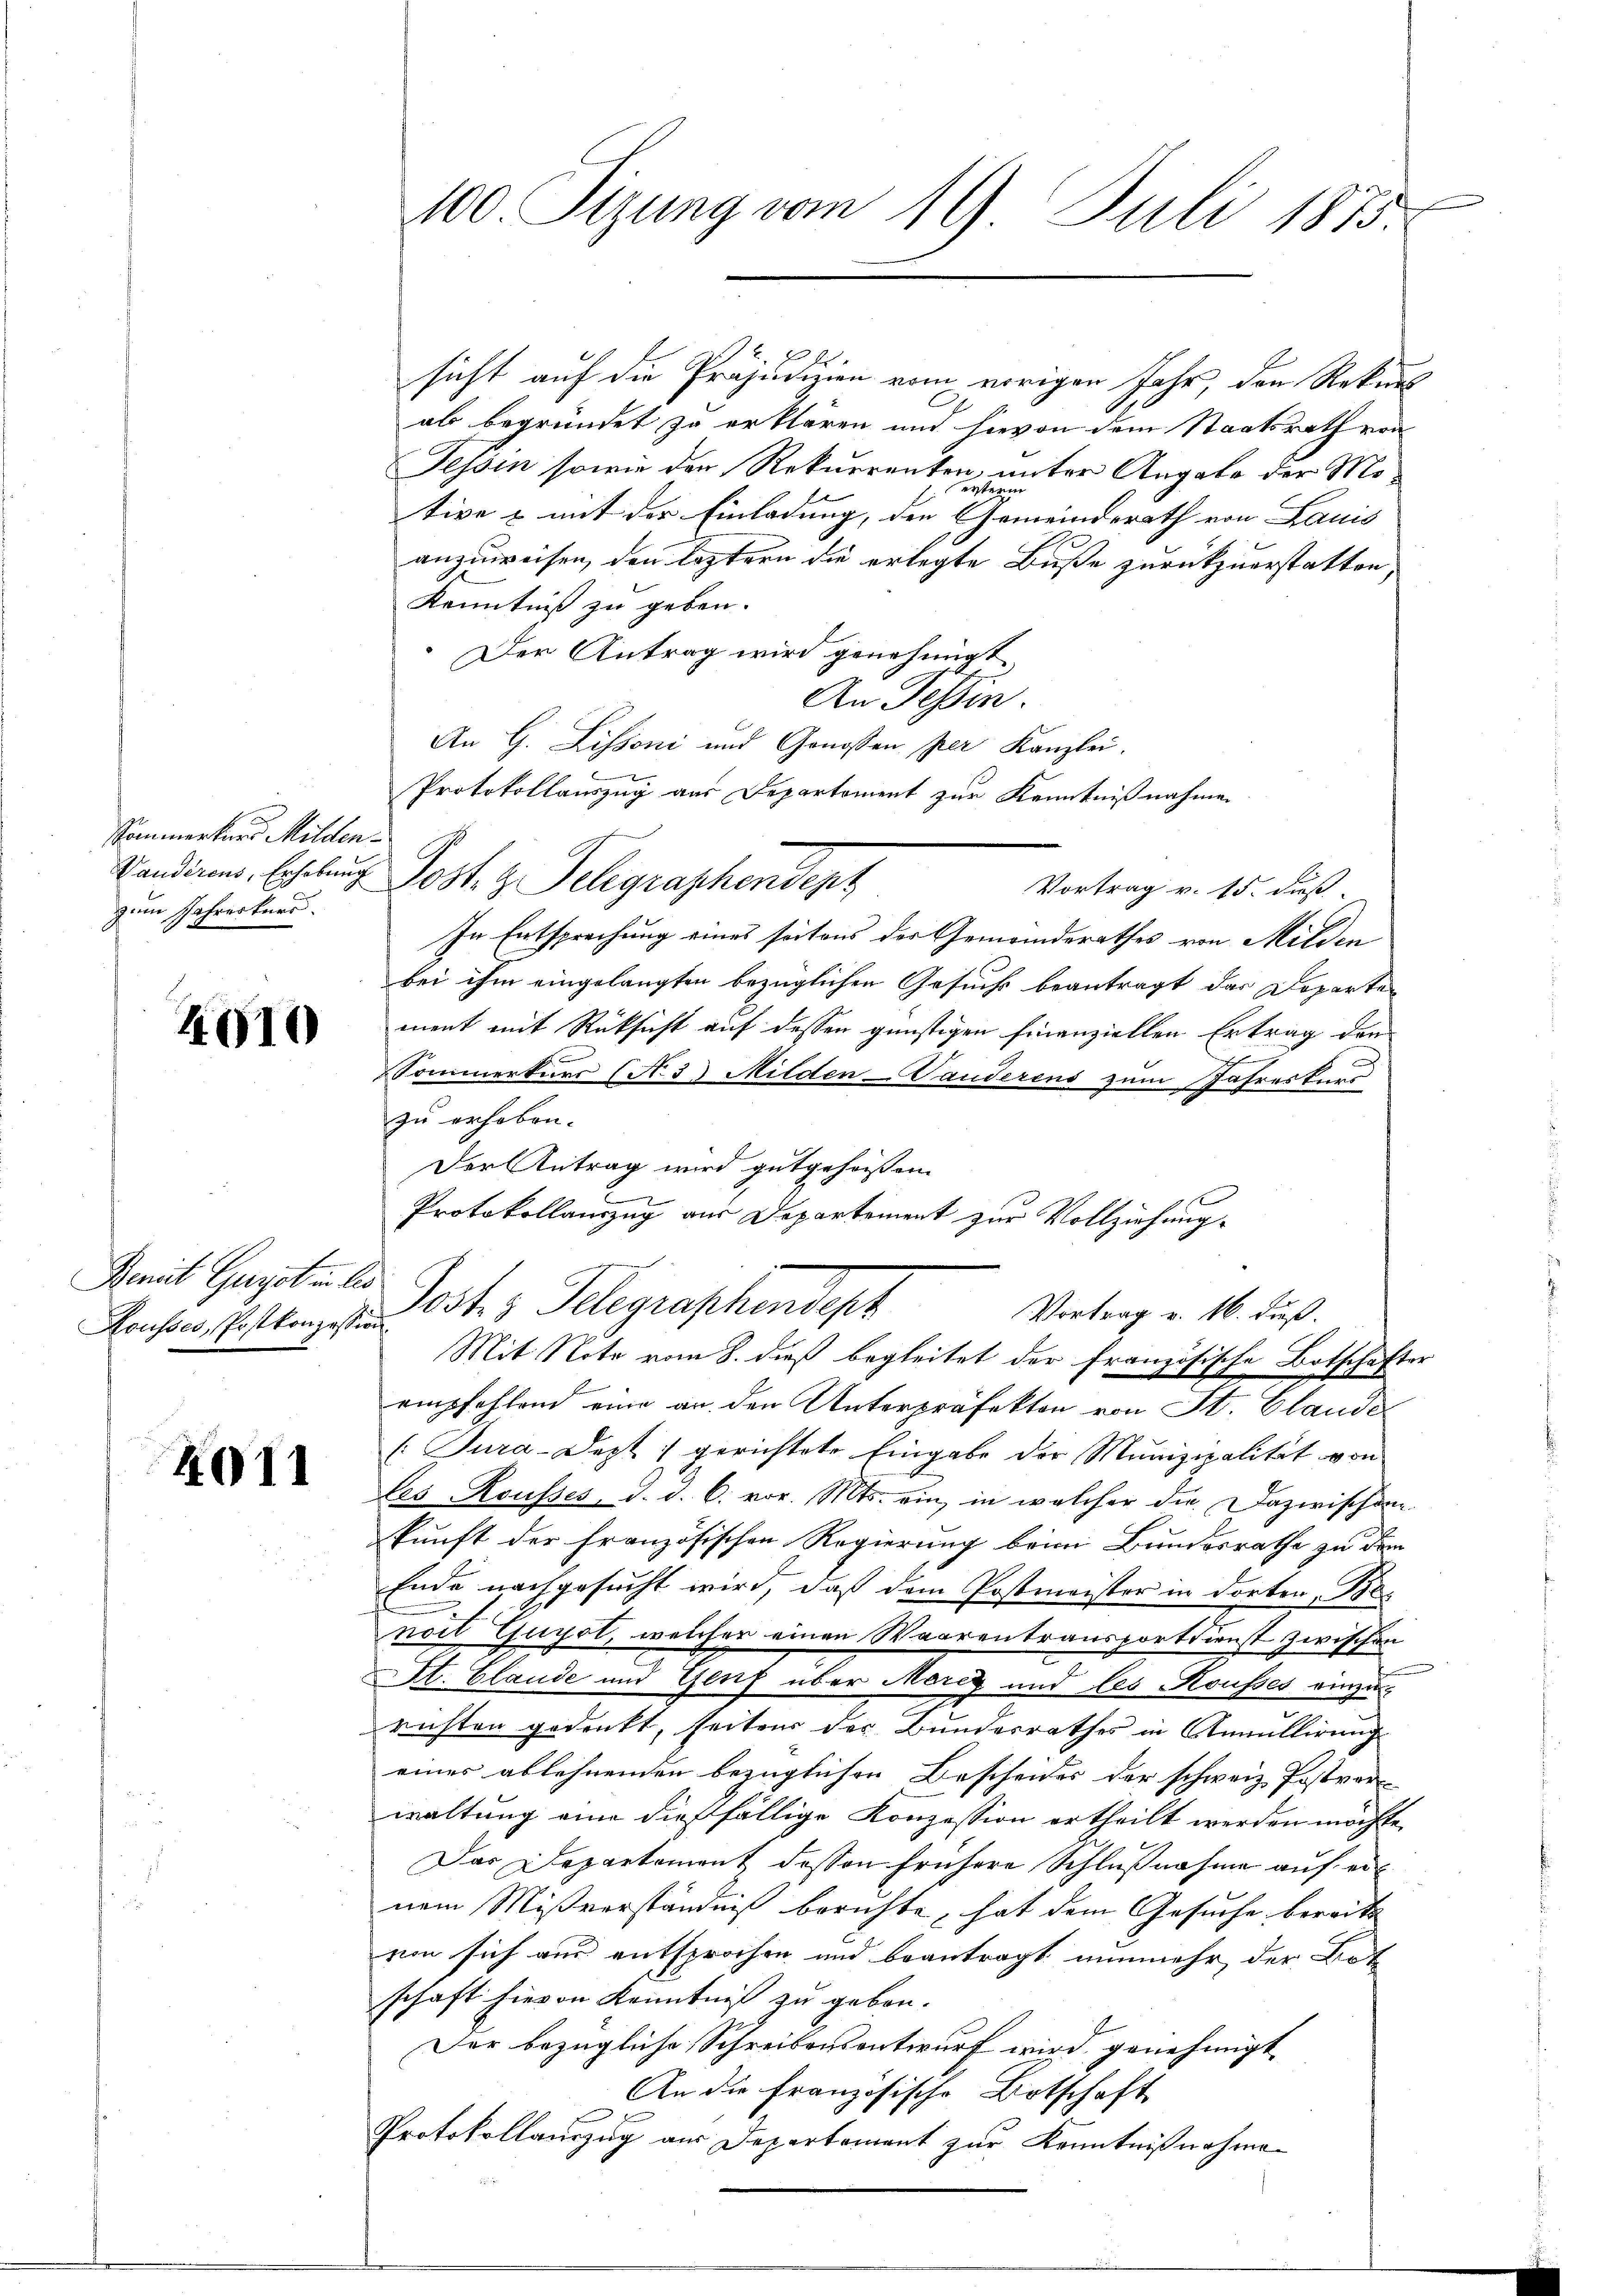
Sommerkers Milden.
Vanderens, Erhebung
zum Jahrerkers.

4010

Benit Guerst in de
Kousses, Postkonzes.

4011

100 Sizung vom 19 Juli 1873.

2
sicht auf die Präjudizien vom vorigen Jahr, den Rekurs
ab begründet zu erklären und hievon dem Staatsrath von
Tessin sowie der Rekurrenten, unter Angabe der Motive u mit der Einladung, der Gemeindsrath von Lauis
anzuweisen, den leztern die erlegte Buße zurückzuerstatten,
Kenntniß zu geben.
Der Antrag wird genehmigt.
An Tessin.
An G. Lissoni und Genossen per Kanzlei.
Protokollauszug aus Departoment zur Kenntnißnahme
Post. g. Telegraphendert
Vortrag v. 15. daß
In Entsprechung eines seitens der Gemeinderathes von Milden
bei ihm eingelangten bezüglichen Gesuchs beantragt das Doparten
ment mit Rüksicht auf dessen günstigen finanziellen Ertrag den
Sommerkurs (N 3) Milden-Vauderens zum Jahreskurs
zu erhoben.
Der Antrag wird gutgeheißen
.
Protokollauszug aus Departement zur Vollziehung.
Josts Telegraphendept
Vortrag v. 16. Fuß.
Mit Note vom 8. dieß begleitet der französische Botschafter
empfehlend eine an den Unterpräfekten von St. Claude
[Tura-Dept: gerichtete Eingabe der Munizipalität von
les Rousses d. d. C. vor. Mts. ein, in welcher die Dazwischen
kunft der französischen Regierung beim Bundesrathe zu dem
Ende nachgesucht wird, daß dem Postmeister in dorten, Bes
noit Gugol, welcher einen Waarentransportdienst zwischen
St. Glaude und Genf über Moriz und les Kousses einzu
richten gedenkt, seitens der Bundesrathes in Annullirung
eines ablehnenden bezüglichen Bescheides der schweiz. Postrori-
waltung eine dießfällige Konzession ertheilt werden möchte,
Das Departement dessen frühere Schlußnahme auf einem Mißverständniß berichte, hat dem Gesuche bereits
von sich aus entsprochen und beantragt nunmehr der Not
schaft hievon Kenntniß zu gebon.
Der bezügliche Schreibensentwurf wird genehmigt
An die französische Ortschaft
Protokollauszug aus Departement zur Kenntnißnahme